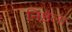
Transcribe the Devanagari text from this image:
निष्ठेला